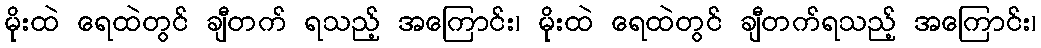
မိုးထဲ ရေထဲတွင် ချီတက် ရသည့် အကြောင်း၊ မိုးထဲ ရေထဲတွင် ချီတက်ရသည့် အကြောင်း၊